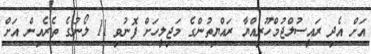
އަށް އެދި ރައީސުލްޖުމްހޫރިއްޔާ ރައްޔިތުންގެ މަޖިލީހަށް ފޮނުވި 11 ލޯނުގެ ތެރެއިން އަށް